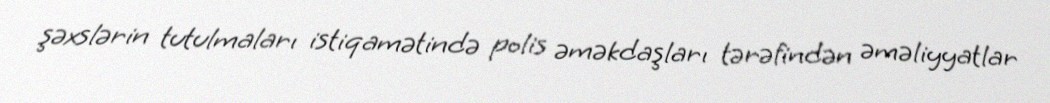
şəxslərin tutulmaları istiqamətində polis əməkdaşları tərəfindən əməliyyatlar